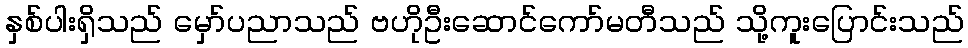
နှစ်ပါးရှိသည် မှော်ပညာသည် ဗဟိုဦးဆောင်ကော်မတီသည် သို့ကူးပြောင်းသည်